Newspaper: The Ottawa free trader. [volume]
Place of publication: Ottawa, Ill.
Publisher: John Hise & William Osman
Date: 1865-07-01 00:00:00
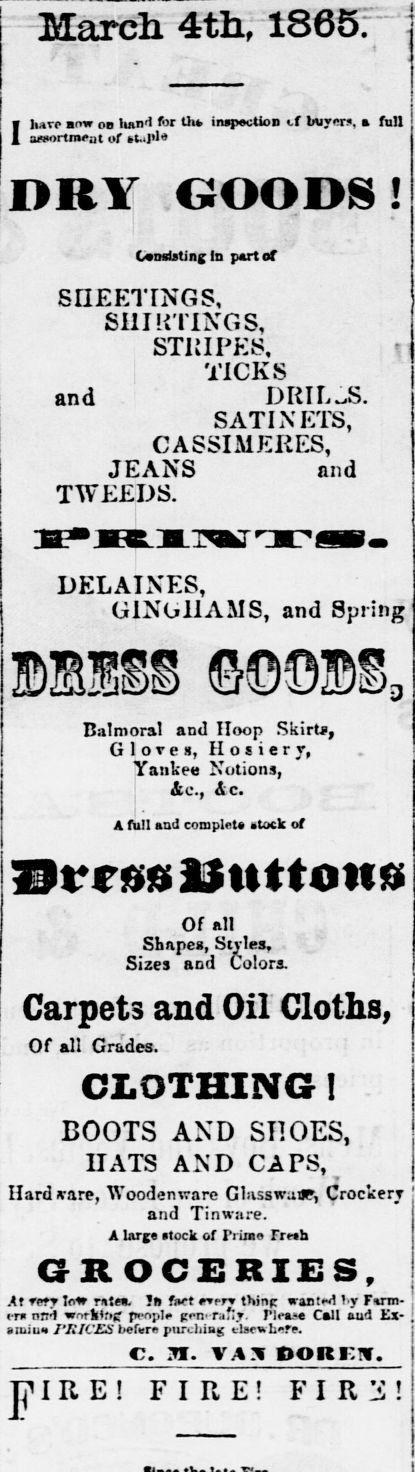
Advertisement text (OCR):
March 4th; 1865; hare bow 00 hand for th inspection if buyers, a full aeoortroeat of t..tlo DRY GOODS ! Consisting In part of SIIEETINGS, SIIIU'riNGS, STlilPKS. TICKS and DRILLS. SATINETS, CASSIMERES, JEANS and TWEEDS. DELAINES, GINCillAMS, and Spring Balmoral and Hoop Skirts, Glove s, Hosiery, Yankee Notions, I itc, Ac. A full and complete stock of Of all Shftpes, Styles, . Sizes and Colors. Carpets and Oil Cloths, Of all Grades. CLOTHING! BOOTS AND SHOES, HATS AND CAPS, Hardware, Woodenware GlasswaW, Crockery and Tinware. A large stock of Prime Fresh GROCERIES, At vefr loir rate. Is fact rverv thing wanted ly Farm ers nnd working people gewmfiy. Plea Call aud Kx siuiua I'RICES before purcliiag elsewhere. c. 7i. vas Donrir. F IRE! FIRE! F I R 15 !
Label: text-only